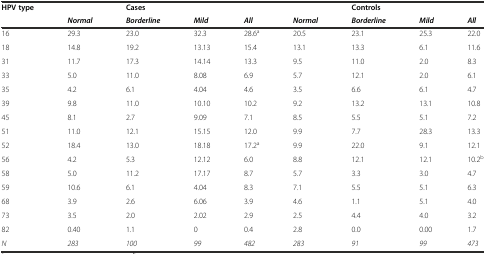
<table><thead><tr><td><b>HPV type</b></td><td></td><td><b>Cases</b></td><td></td><td></td><td></td><td><b>Controls</b></td><td></td><td></td></tr><tr><td></td><td><b><i>Normal</i></b></td><td><b><i>Borderline</i></b></td><td><b><i>Mild</i></b></td><td><b><i>All</i></b></td><td><b><i>Normal</i></b></td><td><b><i>Borderline</i></b></td><td><b><i>Mild</i></b></td><td><b><i>All</i></b></td></tr></thead><tbody><tr><td>16</td><td>29.3</td><td>23.0</td><td>32.3</td><td>28.6<sup>a</sup></td><td>20.5</td><td>23.1</td><td>25.3</td><td>22.0</td></tr><tr><td>18</td><td>14.8</td><td>19.2</td><td>13.13</td><td>15.4</td><td>13.1</td><td>13.3</td><td>6.1</td><td>11.6</td></tr><tr><td>31</td><td>11.7</td><td>17.3</td><td>14.14</td><td>13.3</td><td>9.5</td><td>11.0</td><td>2.0</td><td>8.3</td></tr><tr><td>33</td><td>5.0</td><td>11.0</td><td>8.08</td><td>6.9</td><td>5.7</td><td>12.1</td><td>2.0</td><td>6.1</td></tr><tr><td>35</td><td>4.2</td><td>6.1</td><td>4.04</td><td>4.6</td><td>3.5</td><td>6.6</td><td>6.1</td><td>4.7</td></tr><tr><td>39</td><td>9.8</td><td>11.0</td><td>10.10</td><td>10.2</td><td>9.2</td><td>13.2</td><td>13.1</td><td>10.8</td></tr><tr><td>45</td><td>8.1</td><td>2.7</td><td>9.09</td><td>7.1</td><td>8.5</td><td>5.5</td><td>5.1</td><td>7.2</td></tr><tr><td>51</td><td>11.0</td><td>12.1</td><td>15.15</td><td>12.0</td><td>9.9</td><td>7.7</td><td>28.3</td><td>13.3</td></tr><tr><td>52</td><td>18.4</td><td>13.0</td><td>18.18</td><td>17.2<sup>a</sup></td><td>9.9</td><td>22.0</td><td>9.1</td><td>12.1</td></tr><tr><td>56</td><td>4.2</td><td>5.3</td><td>12.12</td><td>6.0</td><td>8.8</td><td>12.1</td><td>12.1</td><td>10.2<sup>b</sup></td></tr><tr><td>58</td><td>5.0</td><td>11.2</td><td>17.17</td><td>8.7</td><td>5.7</td><td>3.3</td><td>3.0</td><td>4.7</td></tr><tr><td>59</td><td>10.6</td><td>6.1</td><td>4.04</td><td>8.3</td><td>7.1</td><td>5.5</td><td>5.1</td><td>6.3</td></tr><tr><td>68</td><td>3.9</td><td>2.6</td><td>6.06</td><td>3.9</td><td>4.6</td><td>1.1</td><td>5.1</td><td>4.0</td></tr><tr><td>73</td><td>3.5</td><td>2.0</td><td>2.02</td><td>2.9</td><td>2.5</td><td>4.4</td><td>4.0</td><td>3.2</td></tr><tr><td>82</td><td>0.40</td><td>1.1</td><td>0</td><td>0.4</td><td>2.8</td><td>0.0</td><td>0.00</td><td>1.7</td></tr><tr><td><i>N</i></td><td><i>283</i></td><td><i>100</i></td><td><i>99</i></td><td><i>482</i></td><td><i>283</i></td><td><i>91</i></td><td><i>99</i></td><td><i>473</i></td></tr></tbody></table>